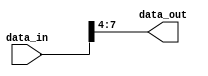
module part_select_example(
    input  wire [15:0] data_in,  // 16-bit input vector
    output wire [3:0]  data_out   // 4-bit output
);

// Part select to capture bits [7:4] from data_in
assign data_out = data_in[7:4]; // Selecting bits 7 to 4 from data_in

endmodule